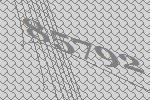
85792